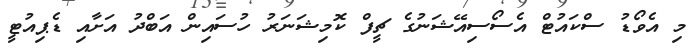
މި އެވޯޑު ސްކައުޓް އެސޯސިއޭޝަނުގެ ޗީފް ކޮމިޝަނަރު ހުސައިން އަބްދު އަށާއި ޑެޕިއުޓީ